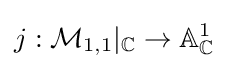
j:{\mathcal {M}}_{1,1}|_{\mathbb {C} }\to \mathbb {A} _{\mathbb {C} }^{1}